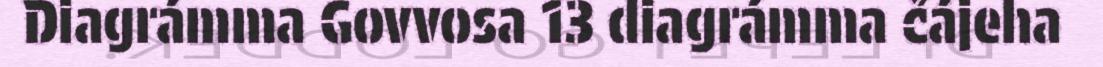
Diagrámma Govvosa 13 diagrámma čájeha